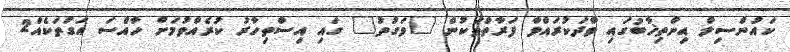
ކައުންސިލް އިންތިޚާބުގައި ވާދަކުރައްވާ ފަރާތްތަކުން "ވަގުތު" ގައި އިސްތިހާރު ކުރެއްވުމަށް ހާއްސަ އަގުތަކެއް2